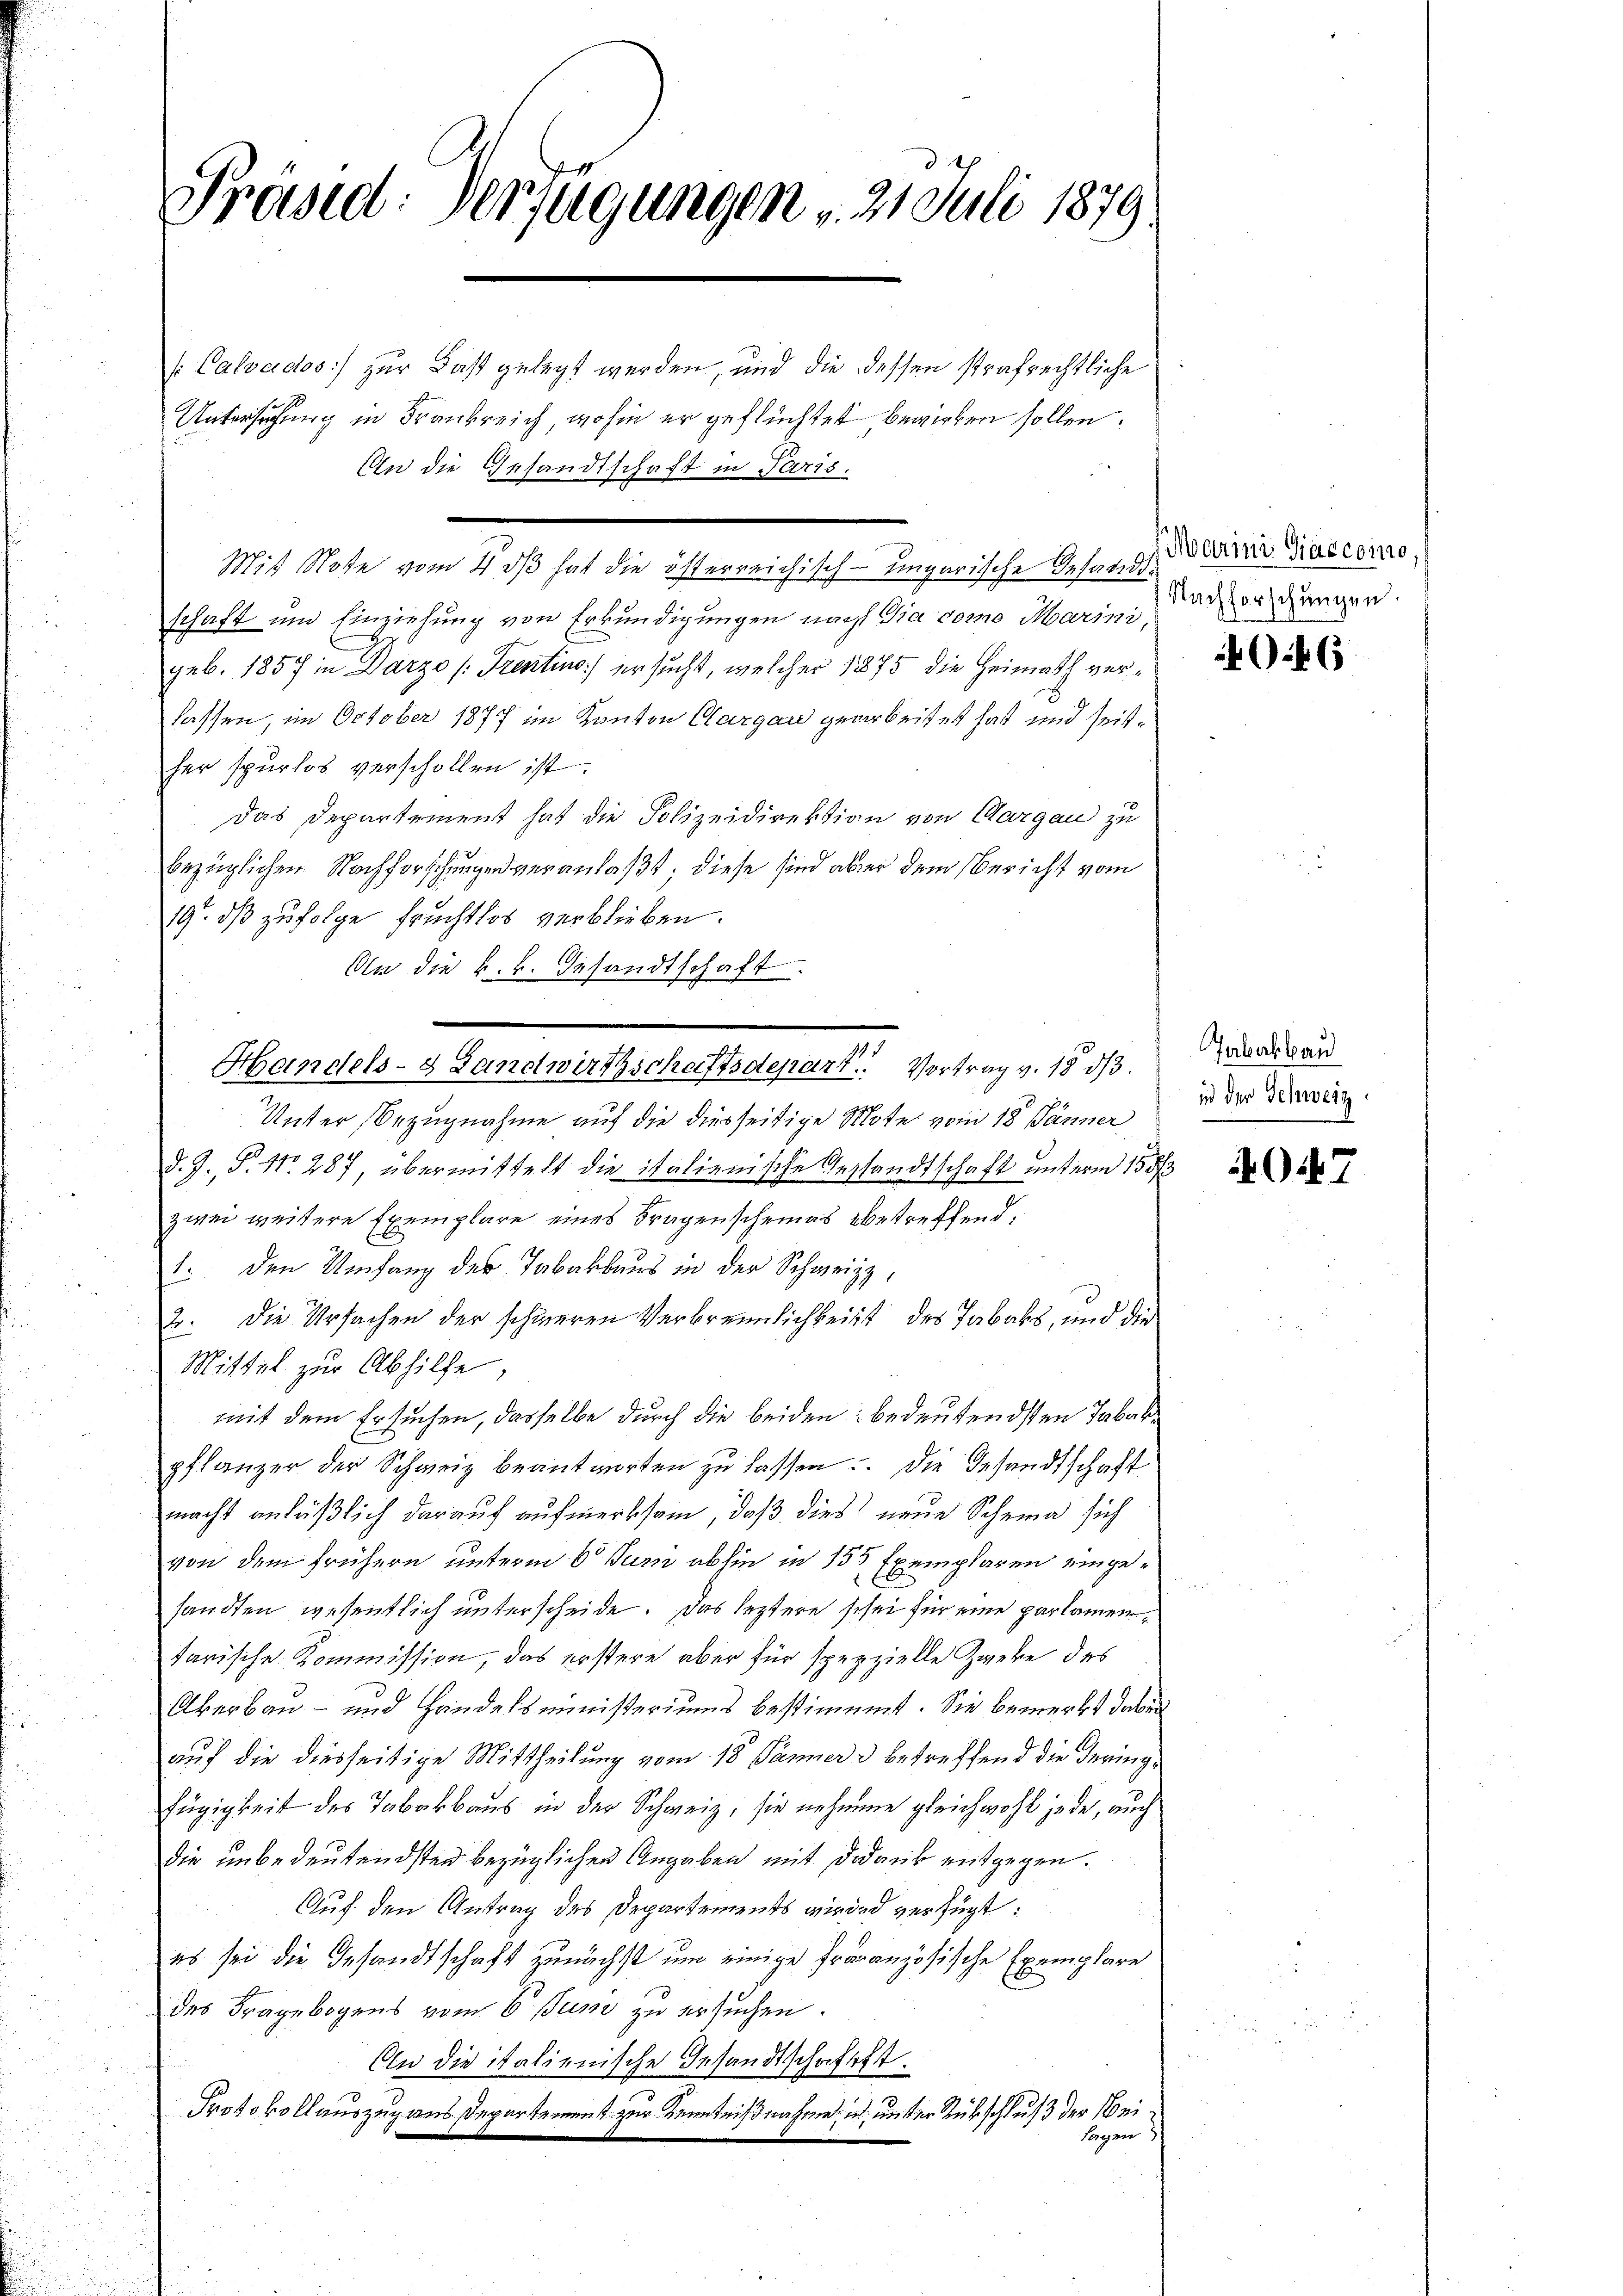
Präsid. Verfügungen , 21 Juli 1879.

Mit Note vom 4. ds hat die österreichisch-ungarische Insacido
schaft und Einziehung von Erkundigungen nach Giacomo Marini,
geb. 1857 in Darze (Trentins) ersucht, welcher 1875 die Heimath verlassen, im October 1877 im Kanton Clargau gearbeitet hat und seither spurlos verschollen ist.
das Departement hat die Polizeidirektion von Aargau zu
bezüglichen Nachforschungen veranlaßt, diese sind aber dem Bericht vom
19. ds zufolge fruchtlos verblieben.
Oln die k.k. Gesandtschaft.

Unter Bezugnahme auf die diesseitige Mote vom 18. Jänner
d. J., P. Nr. 287 übermittelt die italienische Gestandtschaft unterm 15. d
zwei weitere Exemplare eines Fragenscheines betreffend,
1. den Umfang der Tabakbaus in der Schweiz,
2. Die Ursachen der schweren Verbrennlichkeit des Tabaks, und die
Mittel zur Abhilfe,
mit dem Ersuchen, dasselbe durch die beiden: bedeutendsten Tabakpflänzer der Schweiz beantworten zu lassen. Die Gesandtschaft
macht anläßlich darauf aufmerksam, daß dies neue Schema sich
von dem frühern unterm 6t Juni abhin in 155 Exemplaren eingesandten wesentlich unterscheide. Das leztere schei für eine parlamentarische Kommission, das erstere aber für spezzielle Zweke des
Akerbau- und Handelsministeriums bestimmt. Sie bemerkt dabei
auf die diesseitige Mittheilung vom 18. Jänner & betreffend die Gering¬
Zügigkeit des Tabakbaus in der Schweiz, sie nehmen gleichwohl jede, auch
die unbedeutendsten bezüglichen Angaben mit dedank entgegen.
Auf den Antrag des Departements wird verfügt:
es sei die Gesandtschaft zunächst um einige Fräranzösische Exemplare
des Fragebogens vom 6. Juni zu ersuchen.
An die italienische Gesandtschaftest.
Protokollauszug aus Departement zur Kenntnißnahme ich unter Rükschluß der Wei¬
Sagen)

/Calvados) zur Last gelegt werden, und die dessen strafrechtliche
Untersuchung in Frankreich wohin er geflüchtet bewirken sollen.
An die Gesandtschaft in Paris.

Handels- & Landwirthschaftsdepart. Vortrag v. 1833.

Marini Giaccomo
Nachforschungen

46

Jabalbau
in der Schweiz.

AO.47